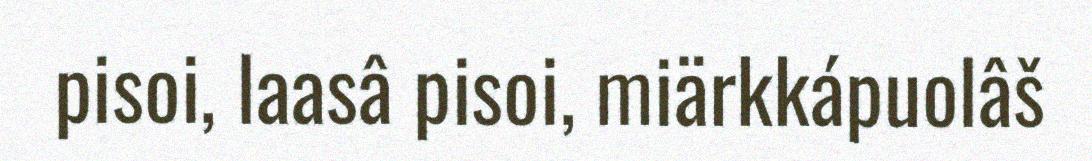
pisoi, laasâ pisoi, miärkkápuolâš